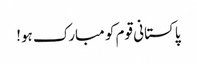
پاکستانی قوم کو مبارک ہو!